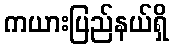
ကယားပြည်နယ်ရှိ